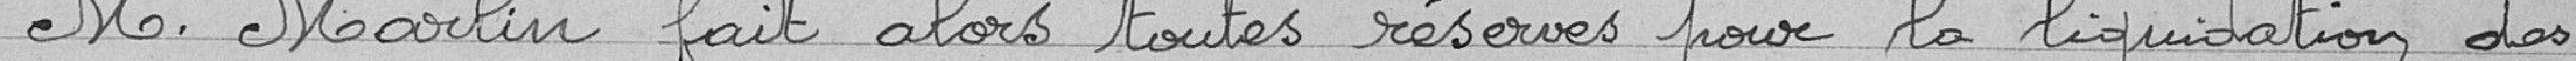
Monsieur Marlin fait alors toutes réserves pour la liquidation des